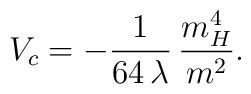
V_{c} = - \frac{1}{64 \, \lambda} \, \frac{m_{H}^{4}}{m^{2}}.